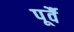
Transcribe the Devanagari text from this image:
पूर्वै